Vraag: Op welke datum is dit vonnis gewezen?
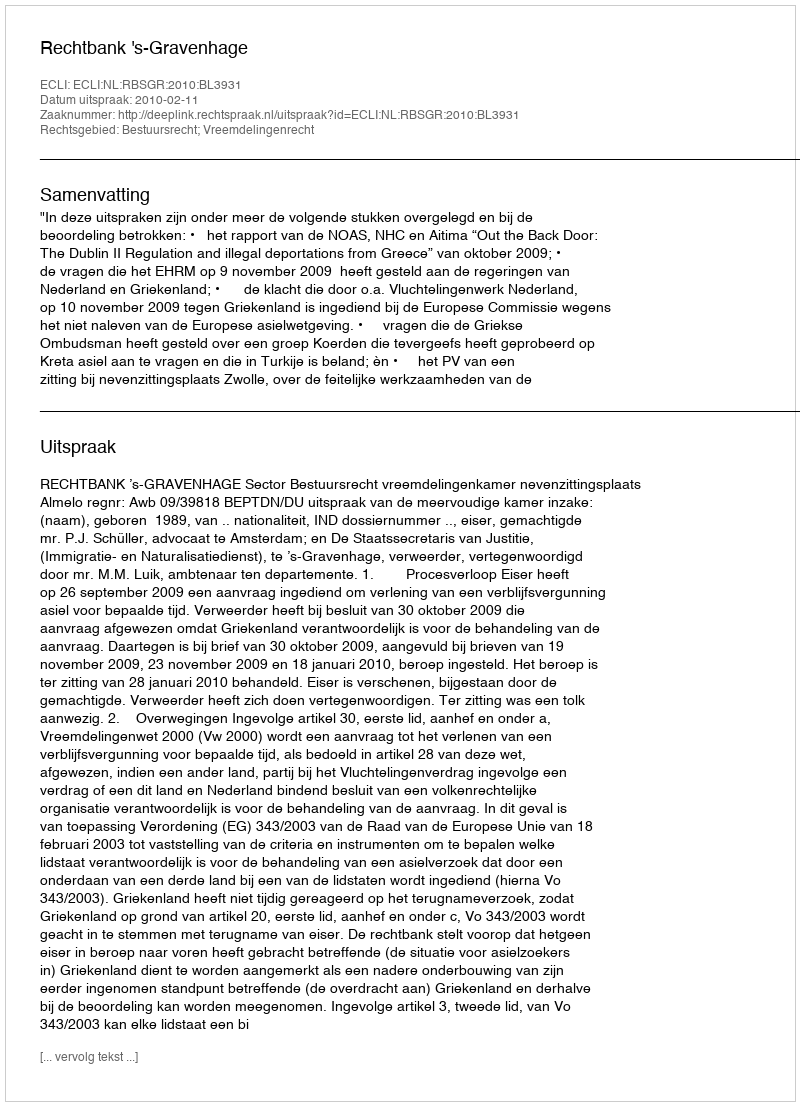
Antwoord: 2010-02-11